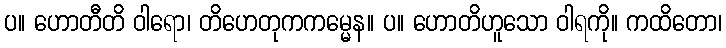
ပ။ ဟောတီတိ ဝါရော၊ တိဟေတုကကမ္မေန။ ပ။ ဟောတိဟူသော ဝါရကို။ ကထိတော၊